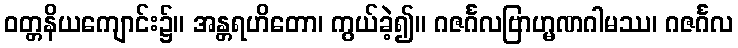
ဝတ္တနိယကျောင်း၌။ အန္တရဟိတော၊ ကွယ်ခဲ့၍။ ဂဇင်္ဂလဗြာဟ္မဏဂါမဿ၊ ဂဇင်္ဂလ